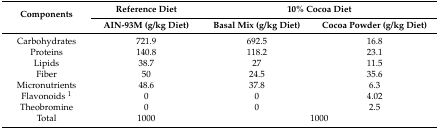
<table><thead><tr><td rowspan="2"><b>Components</b></td><td><b>Reference Diet</b></td><td colspan="2"><b>10% Cocoa Diet</b></td></tr><tr><td><b>AIN-93M (g/kg Diet)</b></td><td><b>Basal Mix (g/kg Diet)</b></td><td><b>Cocoa Powder (g/kg Diet)</b></td></tr></thead><tbody><tr><td>Carbohydrates</td><td>721.9</td><td>692.5</td><td>16.8</td></tr><tr><td>Proteins</td><td>140.8</td><td>118.2</td><td>23.1</td></tr><tr><td>Lipids</td><td>38.7</td><td>27</td><td>11.5</td></tr><tr><td>Fiber</td><td>50</td><td>24.5</td><td>35.6</td></tr><tr><td>Micronutrients</td><td>48.6</td><td>37.8</td><td>6.3</td></tr><tr><td>Flavonoids <sup>1</sup></td><td>0</td><td>0</td><td>4.02</td></tr><tr><td>Theobromine</td><td>0</td><td>0</td><td>2.5</td></tr><tr><td>Total</td><td>1000</td><td colspan="2">1000</td></tr></tbody></table>